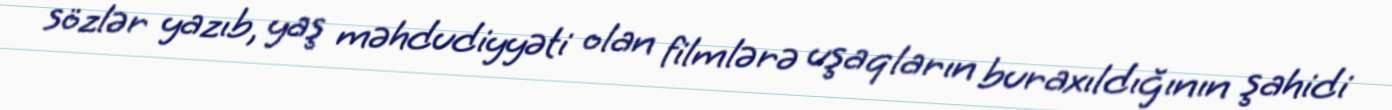
sözlər yazıb, yaş məhdudiyyəti olan filmlərə uşaqların buraxıldığının şahidi